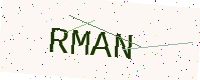
Text: RMAN